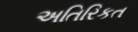
અતિરિકત